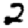
Digit: 2